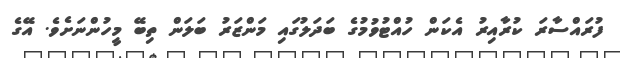
ފުރައްސާރަ ކުރާއިރު އެކަން ހުއްޓުވުމުގެ ބަދަލުގައި މަންޒަރު ބަލަން ތިބޭ މީހުންނަށެވެ. އޭގެ